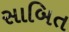
સાબિત